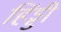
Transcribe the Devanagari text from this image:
हिंड्डी